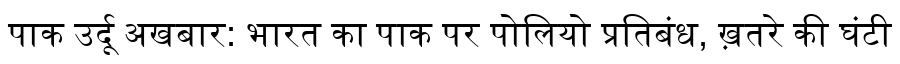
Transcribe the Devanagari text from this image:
पाक उर्दू अखबार: भारत का पाक पर पोलियो प्रतिबंध, ख़तरे की घंटी